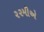
૨૨મીએ